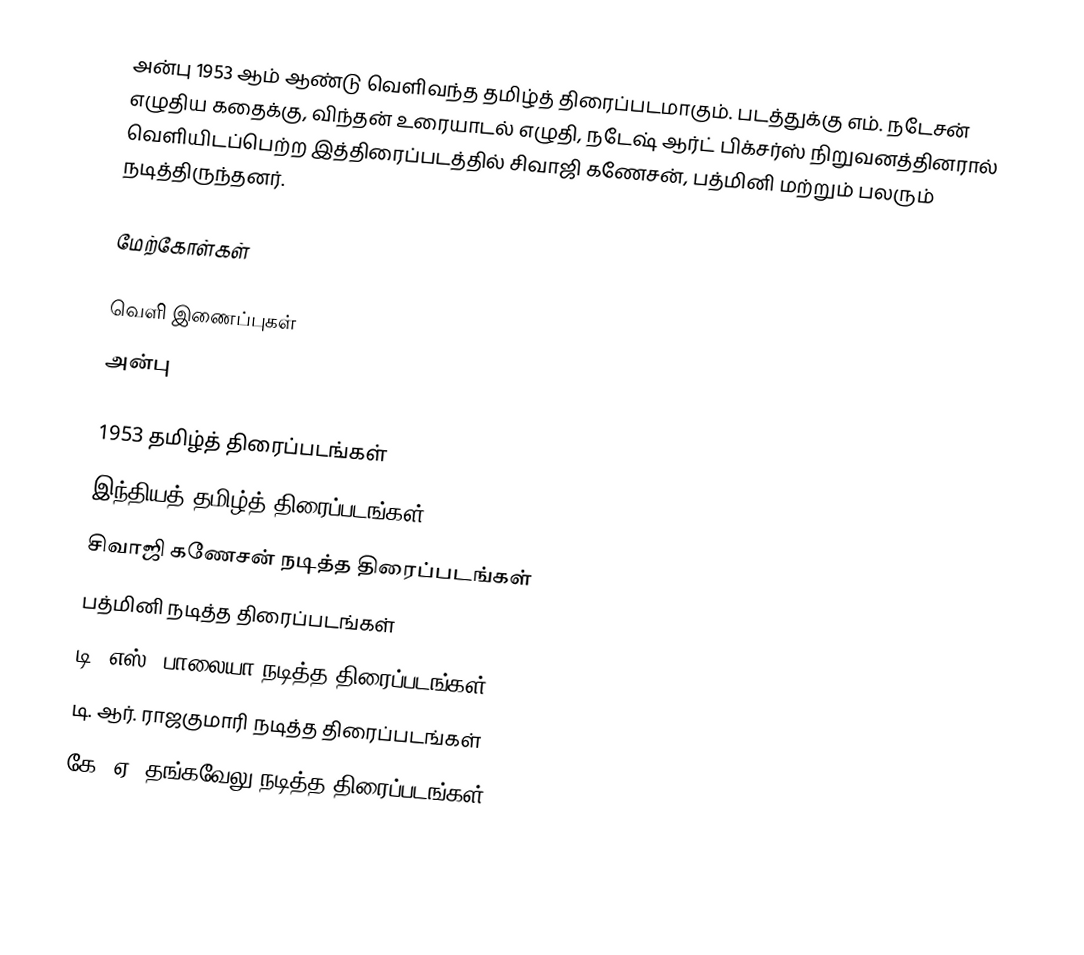
அன்பு 1953 ஆம் ஆண்டு வெளிவந்த தமிழ்த் திரைப்படமாகும். படத்துக்கு எம். நடேசன் எழுதிய கதைக்கு, விந்தன் உரையாடல் எழுதி, நடேஷ் ஆர்ட் பிக்சர்ஸ் நிறுவனத்தினரால் வெளியிடப்பெற்ற இத்திரைப்படத்தில் சிவாஜி கணேசன், பத்மினி மற்றும் பலரும் நடித்திருந்தனர்.

மேற்கோள்கள்

வெளி இணைப்புகள்
 அன்பு

1953 தமிழ்த் திரைப்படங்கள்
இந்தியத் தமிழ்த் திரைப்படங்கள்
சிவாஜி கணேசன் நடித்த திரைப்படங்கள்
பத்மினி நடித்த திரைப்படங்கள்
டி. எஸ். பாலையா நடித்த திரைப்படங்கள்
டி. ஆர். ராஜகுமாரி நடித்த திரைப்படங்கள்
கே. ஏ. தங்கவேலு நடித்த திரைப்படங்கள்